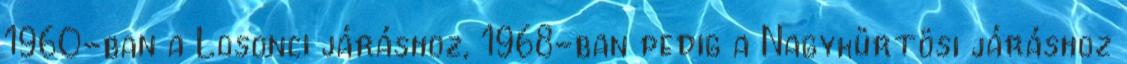
1960-ban a Losonci járáshoz, 1968-ban pedig a Nagykürtösi járáshoz